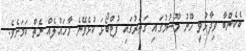
ބެކެންބާ ވިދާޅުވީ ހޫނު މޫސުމުގައި ގަތަރުގައި ފުޓްބޯޅަ ކުޅެވޭނެ މާހައުލެއް ނެތް ކަމަށެވެ.